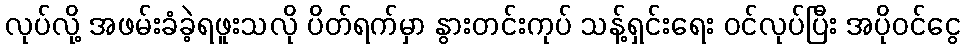
လုပ်လို့ အဖမ်းခံခဲ့ရဖူးသလို ပိတ်ရက်မှာ နွားတင်းကုပ် သန့်ရှင်းရေး ဝင်လုပ်ပြီး အပိုဝင်ငွေ